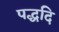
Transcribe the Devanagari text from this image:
पद्धदि